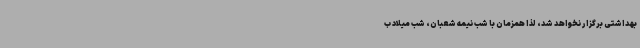
بهداشتی برگزار نخواهد شد، لذا همزمان با شب نیمه شعبان، شب میلاد ب